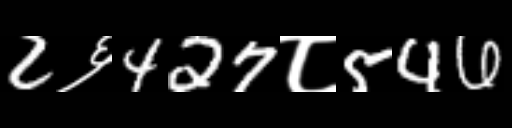
Text: 2६427८546